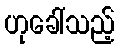
ဟုခေါ်သည့်